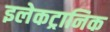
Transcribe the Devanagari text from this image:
इलेकट्रानिक